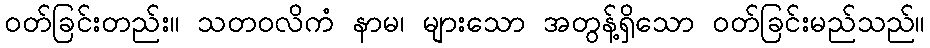
ဝတ်ခြင်းတည်း။ သတဝလိကံ နာမ၊ များသော အတွန့်ရှိသော ဝတ်ခြင်းမည်သည်။